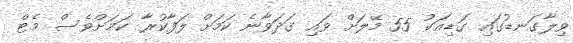
ވިލާގަނޑުގައި ގަޑިއަކު 55 މޭލަށް ވައި ގަދަވާނެ ކަމަށް ލަފާކުރާ ކަމަށްވެސް މެޓް